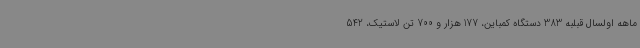
ماهه اولسال قبلبه 383 دستگاه کمباین، 177 هزار و 700 تن لاستیک، 542